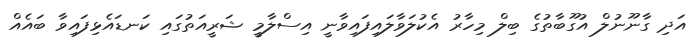
އަދި ގާނޫނުލް އުގޫބާތުގެ ބިލް މިހާރު އެކުލަވާލައިފައިވާނީ އިސްލާމީ ޝަރީއަތުގައި ކަނޑައެޅިފައިވާ ބައެއް